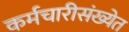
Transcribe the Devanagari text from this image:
कर्मचारीसंख्येत